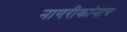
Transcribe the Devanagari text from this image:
नागरीकांनाच